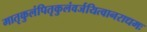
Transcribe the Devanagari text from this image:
मातृकुलंपितृकुलंवर्जयित्वानराधमः